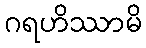
ဂရဟိဿာမိ